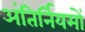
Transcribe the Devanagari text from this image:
अंतिर्नियमों